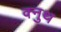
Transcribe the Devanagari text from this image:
क्नुथ